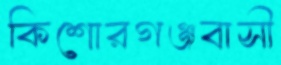
কিশোরগঞ্জবাসী